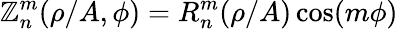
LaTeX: \mathbb{Z}_{n}^{m}(\rho/A,\phi)=R_{n}^{m}(\rho/A)\cos(m\phi)